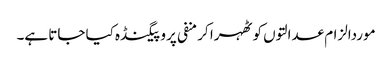
موردالزام عدالتوں کو ٹھہرا کر منفی پروپیگنڈہ کیا جاتا ہے۔